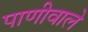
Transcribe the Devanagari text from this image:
पाणीवाले